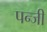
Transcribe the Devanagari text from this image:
पन्जी